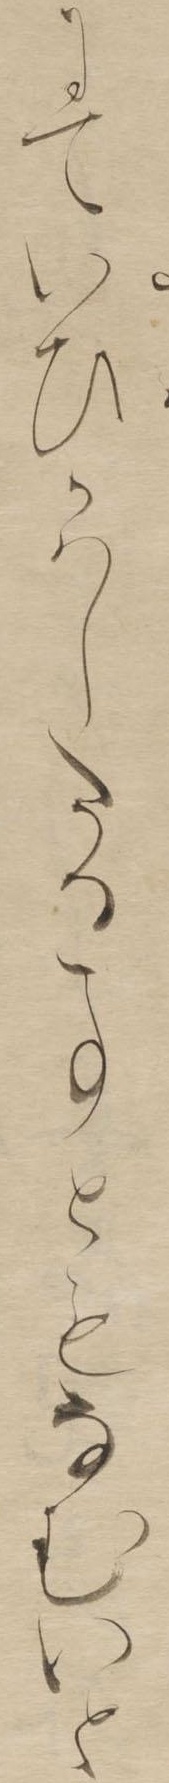
にていひかはしたる事ともなむいと